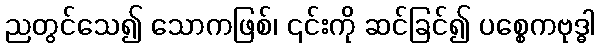
ညတွင်သေ၍ သောကဖြစ်၊ ၎င်းကို ဆင်ခြင်၍ ပစ္စေကဗုဒ္ဓါ